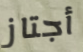
أجتاز